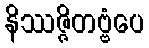
နိဿဇ္ဇိတဗ္ဗံပေ